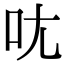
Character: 𫝘